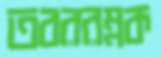
তবররম্নক